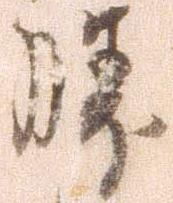
勝